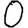
Digit: 0